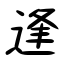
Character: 逢